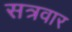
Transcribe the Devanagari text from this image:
सत्रवार